Annual report of the Civil Veterinary Department, Bengal, for the year 1896-97 - 1896-1897
Year: 1896
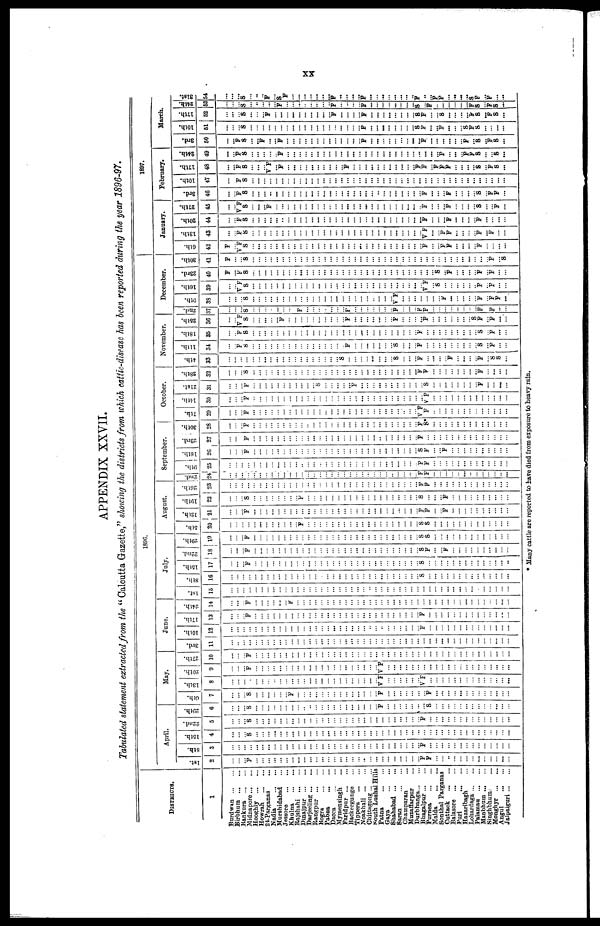
XX
APPENDIX
XXVII.
Tabulated
statement
extracted
from
the " Calcutta Gazette," showing
the districts
from
which cattle-disease
has been reported
during
the year
1896-97.
DISTRICTS.
1
Burdwan ... ...
Birbhum ... ...
Bankura ... ...
Midnapore ... ...
Hooghly ... ...
Howrah
...
...
24-Parganas ...
Nadia
...
...
Murshidabad ...
Jessore
...
...
Khulna
...
...
Rajshahi ... ...
Dinajpur ... ...
Darjeeling ... ...
Rangpur ... ...
Bogra
...
...
Pabna
...
...
Dacca
...
...
Mymensingh ...
Faridpur ... ...
Backergunge ...
Tippera
...
...
Noakhali ... ...
Chittagong ... ...
South Lushai Hills
Patna
...
...
Gaya ... ...
Shahabad ... ...
Saran
...
....
Champaran ...
Muzaffarpur ...
Durbhanga ... ...
Bhagalpur ... ...
Purnea
...
...
Malda
...
...
Sonthal Parganas
Cuttack
...
...
Balasore ... ...
Puri
Hazaribagh ...
Lohardaga ... ...
Palamau ... ...
Manbhum ... ...
Singhbhum ...
Monghyr ... ...
Angul
...
...
Jalpaiguri ... ...
1896
April.
1st.
2
...
...
...
F
...
...
...
...
...
...
...
...
...
...
...
...
...
...
...
...
...
...
...
...
...
...
...
...
...
...
...
...
F
F
...
...
..
...
...
...
...
...
...
...
...
...
...
8th.
3
...
...
...
...
...
...
...
...
...
...
...
...
...
...
...
...
...
...
...
...
...
...
...
...
...
...
...
...
...
...
...
...
F
...
...
...
...
...
...
...
...
...
...
...
...
...
...
15th.
4
...
...
...
S
...
...
...
...
...
...
...
...
...
...
...
...
...
....
...
...
...
...
...
...
...
...
...
...
...
...
...
...
...
...
...
...
...
...
...
...
...
...
...
...
...
...
...
22nd.
5
...
...
...
S
...
...
...
...
...
...
...
...
...
...
...
...
...
...
...
...
...
...
...
...
...
...
...
...
...
...
...
...
F
...
...
...
...
...
...
...
...
...
...
...
...
...
...
20th.
6
...
...
...
S
...
...
...
...
...
...
...
...
...
...
...
...
...
...
...
...
...
...
...
...
...
F
...
...
...
...
...
...
...
S
...
...
...
...
...
...
...
...
...
...
...
...
...
May.
6th.
7
...
...
...
S
...
...
...
...
...
...
F
...
...
...
...
...
...
...
...
...
...
...
...
...
...
F
...
...
...
...
...
...
...
F
...
...
...
...
...
...
...
...
...
...
...
...
...
13th.
8
...
...
...
...
...
...
...
...
...
...
...
...
...
...
...
...
...
...
...
...
...
...
...
...
...
VF
...
...
...
...
...
...
v f
...
...
...
...
...
...
...
...
...
...
...
...
...
...
20th.
9
...
...
...
F
...
...
...
...
...
...
...
...
...
...
...
...
...
...
...
...
...
...
...
...
...
v f
...
...
...
...
...
...
...
...
...
...
...
...
...
...
...
...
...
...
...
...
...
27th.
10
...
...
...
F
...
...
...
...
...
...
...
...
...
...
...
...
...
...
...
...
...
...
...
...
...
...
...
...
...
...
...
...
...
...
...
...
...
...
...
...
...
...
...
...
...
...
...
June.
3rd.
11
...
...
...
...
...
...
...
...
...
...
...
...
...
...
...
...
...
...
...
...
...
...
...
...
...
...
...
...
...
...
...
...
...
...
...
...
...
...
...
...
...
...
...
...
...
...
...
10th.
12
...
...
...
...
...
...
...
...
...
...
...
...
...
...
...
...
...
...
...
...
...
...
...
...
...
...
...
...
...
...
...
...
F
...
...
...
...
...
...
...
...
...
...
...
...
...
...
17th.
13
...
...
...
F
...
...
...
...
...
...
...
...
...
...
...
...
...
...
...
...
...
...
...
...
...
...
...
...
...
...
...
...
F
...
...
...
...
...
...
...
...
...
...
...
...
...
...
| 24th.
14
...
...
...
F
...
...
...
...
...
...
F
...
...
...
...
...
...
...
...
...
...
...
...
...
...
...
...
...
...
...
...
...
...
...
...
...
...
...
...
...
...
...
...
...
...
...
...
July.
1st.
15
...
...
...
...
...
...
...
...
...
...
...
...
...
...
...
...
...
...
...
...
...
...
...
...
...
...
...
...
...
...
...
...
...
...
...
...
...
...
...
...
...
...
...
...
...
...
...
8th.
16
...
...
...
...
...
...
...
...
...
...
...
...
...
...
...
...
...
...
...
...
...
...
...
...
...
...
...
...
...
...
...
...
S
...
...
...
...
...
...
...
...
...
...
...
...
...
...
15th.
17
...
...
...
F
...
...
...
...
...
...
...
...
...
...
...
...
...
...
...
...
...
...
...
...
...
...
...
...
...
...
...
...
S
...
...
...
...
...
...
...
...
...
...
...
...
...
...
22nd.
18
...
...
...
F
...
...
...
...
...
...
...
...
...
...
...
...
...
...
...
...
...
...
...
...
...
...
...
...
...
...
...
...
S
F
...
...
F
...
...
...
...
...
...
...
...
...
...
29th. i
19
...
...
...
F
...
...
...
...
...
...
...
...
...
...
...
...
...
...
...
...
...
...
...
...
...
...
...
...
...
...
...
...
S
S
...
...
...
...
...
...
...
...
...
...
...
...
...
August.
5th.
20
...
...
...
...
...
...
...
...
...
...
F
...
...
...
...
...
...
...
...
...
...
...
...
...
...
...
...
...
...
...
S
S
...
...
...
...
...
...
...
...
...
...
...
...
...
12th.
21
...
...
...
F
...
...
...
...
...
...
...
...
...
...
...
...
...
...
...
...
...
...
...
...
...
...
...
...
...
...
...
...
F
F
...
...
F
...
...
...
...
...
...
...
...
...
...
10th.
22
...
...
...
S
...
...
...
...
...
...
...
...
F
...
...
...
...
...
...
...
...
...
...
...
...
...
...
...
...
...
...
...
S
...
...
...
F
...
...
...
...
...
...
...
...
...
...
26th.
23
...
...
...
...
...
...
...
...
...
...
...
...
...
...
...
...
...
...
...
...
...
...
...
...
...
...
...
...
...
...
...
...
F
F
...
...
...
...
...
...
...
...
...
...
...
...
...
| 2nd.
24
...
...
...
...
...
...
...
...
...
...
...
...
...
...
...
...
...
...
...
...
...
...
...
...
...
...
...
...
..
F
F
...
...
...
...
...
...
...
...
...
...
...
...
...
September.
9th.
25
...
...
...
...
...
...
...
...
...
...
...
...
...
...
...
...
...
...
...
...
...
...
...
...
...
...
...
...
...
...
...
...
F
F
...
...
...
...
...
...
...
...
...
...
...
...
...
16th.
26
...
...
...
F
...
...
...
...
...
...
...
...
...
...
...
...
...
...
...
...
...
...
...
...
...
...
...
...
...
...
...
...
S
F
...
...
F
...
...
...
...
...
...
...
...
...
...
23rd.
27
...
...
...
F
...
...
...
...
...
...
...
...
...
...
...
...
...
...
...
...
...
...
...
...
...
...
...
...
...
...
...
...
F
...
...
...
...
...
...
...
...
...
...
...
...
...
...
30th.
28
...
...
...
F
...
...
...
...
...
...
...
...
...
...
...
...
...
...
...
...
...
...
...
...
...
...
...
...
...
...
...
...
F
S*
...
...
...
...
...
...
...
...
...
...
...
...
...
October.
7th.
29
...
...
...
F
...
...
...
...
...
...
...
...
...
...
...
...
...
...
...
...
...
...
...
...
...
...
...
...
...
...
...
...
v f
F
...
...
...
...
...
...
...
...
...
...
...
...
...
14th.
30
...
...
...
f
...
...
...
...
...
...
...
...
...
...
...
...
...
...
...
...
...
...
...
...
...
...
...
...
...
...
...
...
...
v f
...
...
...
...
...
...
...
...
...
...
...
...
...
21st.
31
...
...
...
F
...
...
...
...
...
...
...
...
...
...
S
...
...
...
...
...
F
...
...
...
...
...
...
...
...
...
...
...
S
...
...
...
...
...
...
...
...
F
...
...
...
...
2Sth.
32
...
...
...
S
...
...
...
...
...
...
...
...
...
...
...
...
...
...
...
...
...
...
...
...
...
...
...
...
...
...
...
...
F
F
...
...
...
...
...
...
...
...
F
...
...
...
...
November.
4th.
33
...
...
...
...
...
...
...
...
...
...
...
...
...
...
...
...
...
...
...
S
...
...
...
...
...
...
...
...
S
...
...
...
F
...
...
...
...
F
...
...
...
...
F
...
S
S
...
11th.
34
...
...
F
S
...
...
...
...
...
...
...
...
...
...
...
...
...
...
...
...
F
...
...
...
...
...
...
...
S
...
...
...
F
...
...
...
...
...
...
...
...
...
S
...
F
...
...
18th.
35
...
...
F
S
...
...
...
...
...
...
...
...
...
...
...
...
...
...
...
...
...
...
...
...
...
...
...
...
...
...
...
...
F
...
...
...
...
...
...
...
...
...
S
...
F
...
...
25th.
36
...
...
v f
S
...
...
...
...
...
F
...
...
...
...
...
...
...
...
...
...
F
...
...
...
...
...
...
...
F
...
...
...
...
F
...
...
...
...
...
...
...
S
F
...
F
...
...
2nd. |
37
...
...
...
S
...
...
...
...
...
...
...
...
F
...
...
...
...
...
...
...
F
...
...
...
...
...
...
...
F
...
...
...
F
F
...
...
...
...
...
...
...
...
F
...
F
...
...
December.
0th.
38
...
...
...
S
...
...
...
...
...
...
...
...
...
...
...
...
...
...
...
...
...
...
...
...
...
...
...
...
v f
...
...
...
...
...
...
...
F
...
...
...
...
...
F
...
F
F
...
16th.
39
...
...
V F
S
...
...
...
...
...
...
...
...
...
...
...
...
...
...
...
...
...
...
...
...
...
...
...
...
...
...
...
...
...
v f
...
S
...
...
...
...
...
...
F
...
F
...
...
23rd.
40
F
...
F
S
...
...
...
...
...
...
...
...
...
...
...
...
...
...
...
...
...
...
...
...
...
...
...
...
...
...
...
...
...
...
...
S
...
F
...
...
...
...
F
...
F
...
30th.
41
F
...
...
S
...
...
...
...
...
...
...
...
...
...
...
...
...
...
...
...
...
...
...
...
...
...
...
...
...
...
...
...
...
...
...
...
...
...
...
...
...
...
...
...
F
...
S
1897.
January.
6th.
42
F
...
V F
S
...
...
...
...
...
...
...
...
...
...
...
...
...
...
...
...
...
...
...
...
...
...
...
...
...
...
...
...
...
F
...
...
F
F
...
...
...
...
F
...
...
...
...
13th.
43
...
...
F
S
...
...
...
...
...
...
...
...
...
...
...
...
...
...
...
...
...
...
...
...
...
...
...
...
...
...
...
...
...
v f
...
...
F
F
...
...
...
...
F
...
F
...
...
20th.
44
...
...
F
S
...
...
...
...
...
...
...
...
...
...
...
...
...
...
...
...
...
...
...
...
...
...
...
...
...
...
...
...
...
F
...
...
...
F
...
...
...
...
F
...
...
...
...
27th.
45
...
...
v f
S
...
...
...
F
...
...
...
...
...
...
...
...
...
...
...
...
...
...
...
...
...
...
...
...
...
...
...
...
...
F
...
...
...
F
...
...
...
...
S
...
...
F
...
February.
3rd.
46
...
...
F
S
...
...
...
...
...
...
...
...
...
...
...
...
...
...
...
...
...
...
...
...
...
...
...
...
...
...
...
...
...
F
...
...
...
F
...
...
...
...
S
...
F
F
...
10th.
47
...
...
F
S
...
...
...
...
...
...
...
...
...
...
...
...
...
...
...
...
...
...
...
...
...
...
...
...
...
...
...
...
...
...
...
...
...
...
...
...
...
...
...
...
...
...
...
17th.
48
...
...
F
S
...
...
...
v f
...
F
...
...
...
...
...
...
...
...
...
...
F
...
...
...
...
...
...
...
...
...
...
...
F
F
...
F
F
F
...
...
...
...
S
...
F
s
...
24th.
49
...
...
F
S
...
...
...
...
...
F
...
...
...
...
...
...
...
...
...
...
...
...
...
...
...
...
...
...
...
...
...
...
...
...
...
F
...
...
...
F
F
S
...
...
S
...
March.
3rd.
50
...
...
F
S
...
...
F
...
...
F
...
...
...
...
...
...
...
...
...
...
...
...
...
F
...
...
...
...
...
...
...
...
...
F
...
...
...
...
...
...
F
...
S
...
F
S
...
10th.
51
...
...
...
S
...
...
...
...
...
...
...
...
...
...
...
...
...
...
...
...
...
...
...
F
...
...
...
...
...
...
...
...
S
F
...
...
F
...
...
...
S
F
S
...
...
...
...
17th.
52
...
...
...
S
...
...
...
F
...
...
...
...
...
...
...
...
...
...
F
...
...
...
...
F
...
...
...
...
...
...
...
...
S
F
...
S
...
...
...
...
F
S
...
F
S
...
24th.
31st.
53 54
... ...
... ...
... ...
S S
... ...
... ...
... F
F S
... F
... ...
... ...
... ...
... ...
... ...
F F
... ...
... ...
... ...
... ...
F F
... ...
... ...
... ...
... ...
... ...
... ...
... ...
... ...
S F
... ...
F ...
.. F
... F
... ...
... ...
... ... ...
... ... ...
F S
S F
... ... ...
F F
S ...
... ...
* Many cattle are reported to have died from exposure to heavy rain.